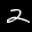
Label: 2